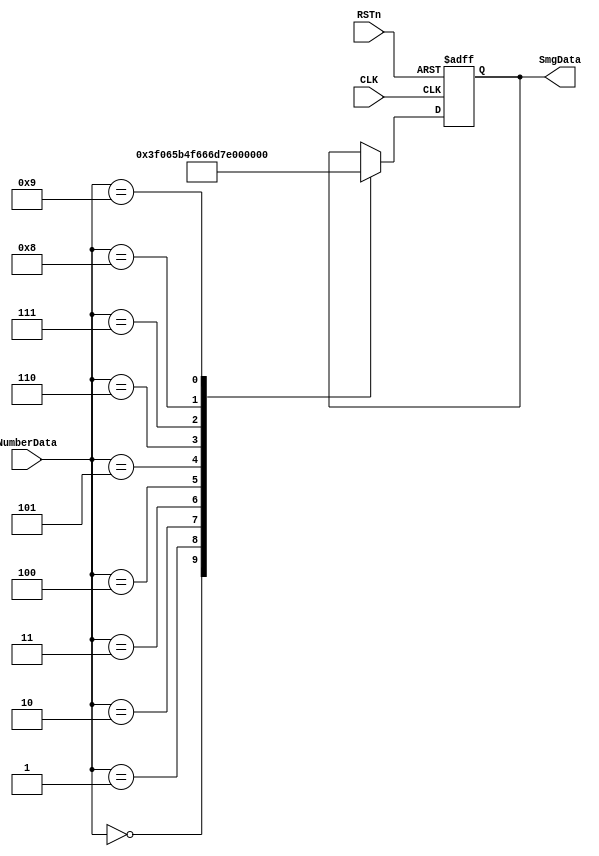
module SmgEncodeModule
(
    input CLK,
    input RSTn,
    input [3:0] NumberData,
    output [7:0] SmgData
);
    parameter
    _0 = 8'b0011_1111, _1 = 8'b0000_0110, _2 = 8'b0101_1011, 
    _3 = 8'b0100_1111, _4 = 8'b0110_0110, _5 = 8'b0110_1101, 
    _6 = 8'b0111_1101, _7 = 8'b0000_0111, _8 = 8'b0111_1111,
    _9 = 8'b0110_1111;
    reg [7:0] rSMG;
    always @ ( posedge CLK or negedge RSTn )
        if ( ! RSTn )
            rSMG <= 8'd1111_1111;
        else
            case ( NumberData )
                4'd0 : rSMG <= _0;
                4'd1 : rSMG <= _1;
                4'd2 : rSMG <= _2;
                4'd3 : rSMG <= _3;
                4'd4 : rSMG <= _4;
                4'd5 : rSMG <= _5;
                4'd6 : rSMG <= _6;
                4'd7 : rSMG <= _7;
                4'd8 : rSMG <= _8;
                4'd9 : rSMG <= _9;
            endcase
    assign SmgData = rSMG;
endmodule